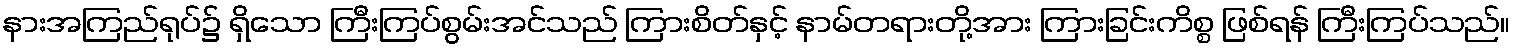
နားအကြည်ရုပ်၌ ရှိသော ကြီးကြပ်စွမ်းအင်သည် ကြားစိတ်နှင့် နာမ်တရားတို့အား ကြားခြင်းကိစ္စ ဖြစ်ရန် ကြီးကြပ်သည်။